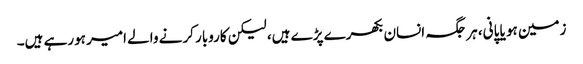
زمین ہو یا پانی، ہر جگہ انسان بکھرے پڑے ہیں، لیکن کاروبار کرنے والے امیر ہورہے ہیں۔